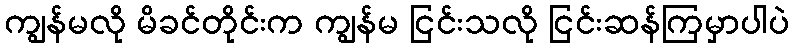
ကျွန်မလို မိခင်တိုင်းက ကျွန်မ ငြင်းသလို ငြင်းဆန်ကြမှာပါပဲ